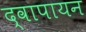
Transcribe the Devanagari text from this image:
द्वापायन